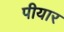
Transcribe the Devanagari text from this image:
पीयार